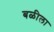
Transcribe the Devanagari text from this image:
बळीला